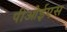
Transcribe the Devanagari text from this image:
पीओईएस